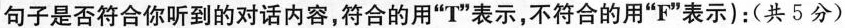
句子是否符合你听到的对话内容，符合的用"T"表示，不符合的用"F"表示)：(共5分)